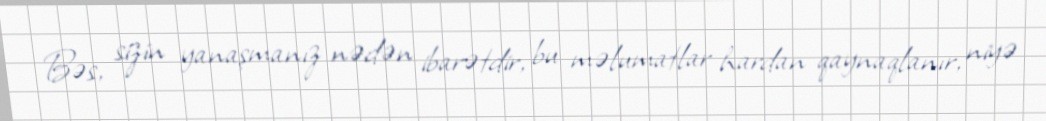
Bəs, sizin yanaşmanız nədən ibarətdir, bu məlumatlar hardan qaynaqlanır, niyə